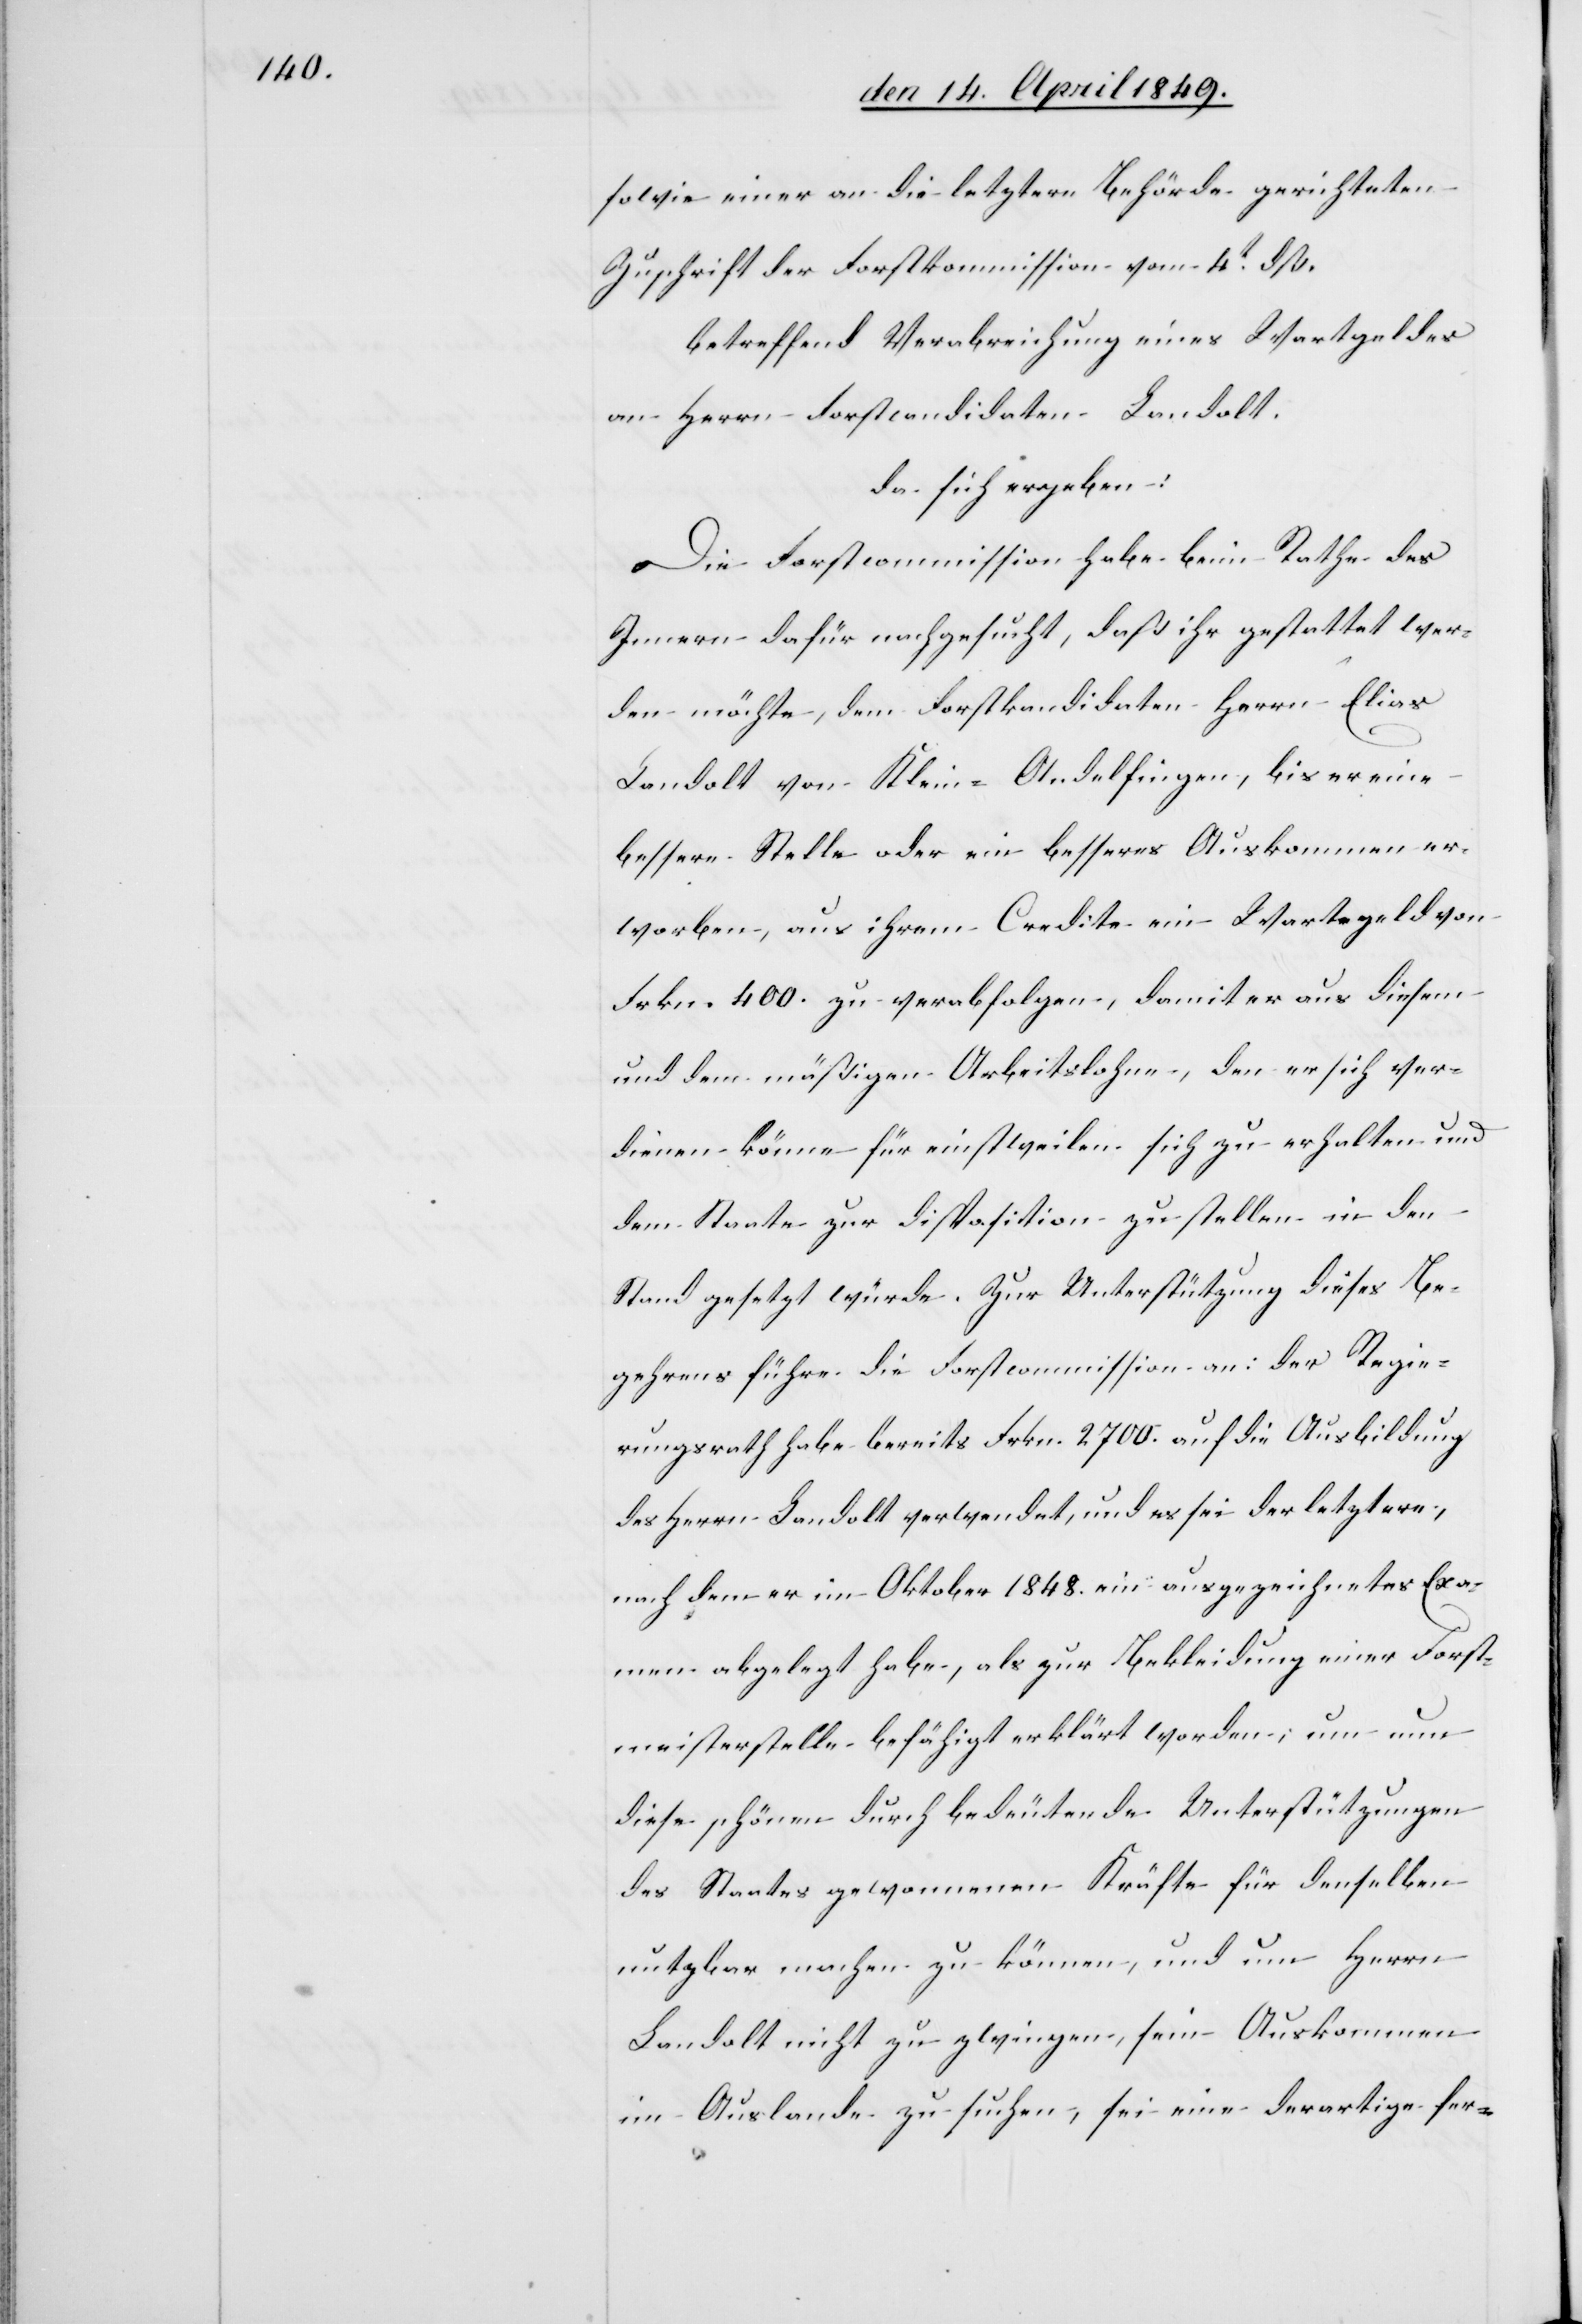
sowie einer an die letztern Behörde gerichteten
Zuschrift der Forstkommission vom 4t dß.
betreffend Verabreichung eines Wartgeldes
an Herrn Forstcandidaten Landolt.
da sich ergeben:
Die Forstcommission habe beim Rathe des
Innern dafür nachgesucht, daß ihr gestattet wer¬
den möchte, dem Forstkandidaten Herrn Elias
Landolt von Klein-Andelfingen, bis er eine
bessere Stelle oder ein besseres Auskommen er¬
worben, aus ihrem Credite ein Wartgeld von
Frkn. 400. zu verabfolgen, damit er aus diesem
und dem mäßigen Arbeitslohne, den er sich ver¬
dienen könne für einstweilen sich zu erhalten und
dem Staate zur Disposition zu stellen in den
Stand gesetzt würde. Zur Unterstützung dieses Be¬
gehrens führe die Forstcommission an: der Regie¬
rungsrath habe bereits Frkn. 2700. auf die Ausbildung
des Herrn Landolt verwendet, und es sei der letztere,
nach dem er im Oktober 1848. ein ausgezeichnetes Exa¬
men abgelegt habe, als zur Bekleidung einer Forst¬
meisterstelle befähigt erklärt worden; um nun
diese schöne durch bedeutende Unterstützungen
des Staates gewonnenen Kräfte für denselben
nutzbar machen zu können, und um Herrn
Landolt nicht zu zwingen, sein Auskommen
im Auslande zu suchen, sei eine derartige fer-